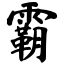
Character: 霸